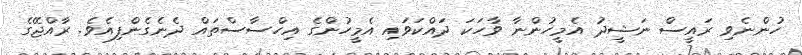
ހުންނެވި ރައީސް ނަޝީދު އެމީހުންނާ ވާހަކަ ދައްކަވައި އެމީހުންގެ އިހްސާސްތައް ދެނެގެންފިއެވެ. ރާއްޖޭގެ